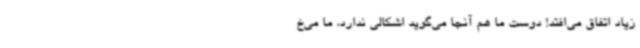
زیاد اتفاق می‌افتد! دوست ما هم آنجا می‌گوید اشکالی ندارد، ما می‌خ